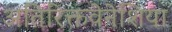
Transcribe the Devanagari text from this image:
अतिरिक्तवेनेशिया